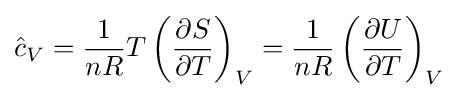
{\hat {c}}_{V}={\frac {1}{nR}}T\left({\frac {\partial S}{\partial T}}\right)_{V}={\frac {1}{nR}}\left({\frac {\partial U}{\partial T}}\right)_{V}